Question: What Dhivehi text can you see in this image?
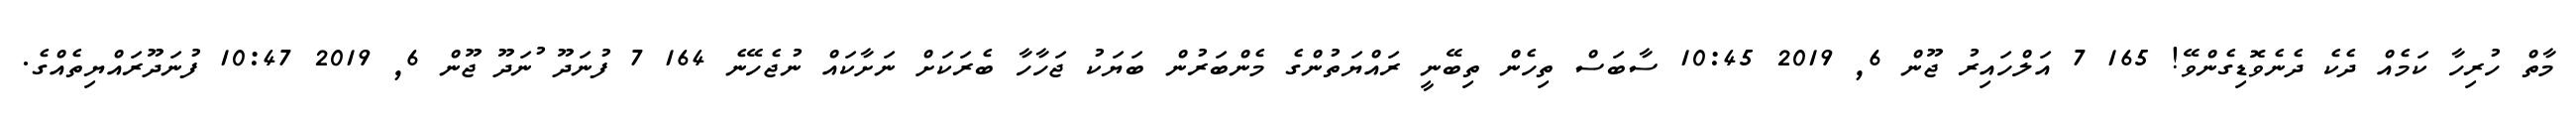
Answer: މާތް ހުރިހާ ކަމެއް ދެކެ ދެނެވޮޑިގެންވޭ! 165 7 އަލްހައިރު ޖޫން 6, 2019 10:45 ސާބަސް ތިހެން ތިބޭނީ ރައްޔަތުންގެ މެންބަރުން ބަޔަކު ޖަހާހާ ބެރަކަށް ނަށާކައް ނުޖެހޭނެ 164 7 ފުނަދޫ ުނަދޫ ޖޫން 6, 2019 10:47 ފުނަދޫރައްޔިތެއްގެ.